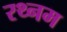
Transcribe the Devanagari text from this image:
रथ्नम